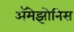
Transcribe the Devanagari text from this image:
ॲमेझोनिस